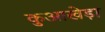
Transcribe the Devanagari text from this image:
कुआखेड़ा